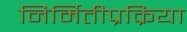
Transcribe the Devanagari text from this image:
निर्मितीप्रक्रिया